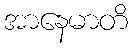
အာနေမာတိ